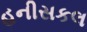
હનીસકલ